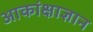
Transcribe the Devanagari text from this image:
आकांक्षाज्ञान